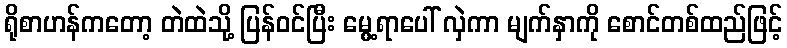
ရိုစာဟန်ကတော့ တဲထဲသို့ ပြန်ဝင်ပြီး မွေ့ရာပေါ် လှဲကာ မျက်နှာကို စောင်တစ်ထည်ဖြင့်